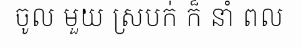
ចូល មួយ ស្របក់ ក៏ នាំ ពល